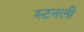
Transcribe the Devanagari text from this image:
स्टनली